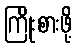
ကြိုးစားဖို့